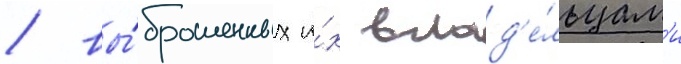
/ вы́брошенных и́х влад'е́льцам'и